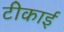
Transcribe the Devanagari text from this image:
टीकाई